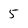
Character: 5